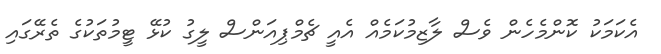
އެކަމަކު ކޮންމެހެން ވެސް ލާޒިމުކަމެއް އެއީ ޗެމްޕިއަންސް ލީގު ކުޅޭ ޓީމުތަކުގެ ތެރޭގައި